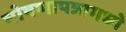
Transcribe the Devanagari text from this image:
घोषणापत्रामध्ये